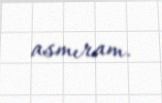
asmıram.